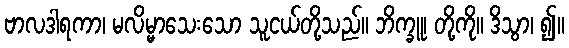
ဗာလဒါရကာ၊ မလိမ္မာသေးသော သူငယ်တို့သည်။ ဘိက္ခူ၊ တို့ကို။ ဒိသွာ၊ ၍။